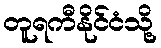
တူရကီနိုင်ငံသို့